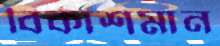
বিকাশমান